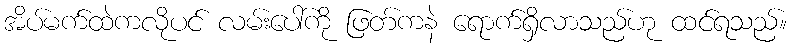
အိပ်မက်ထဲကလိုပင် လမ်းပေါ်ကို ဖြတ်ကနဲ ရောက်ရှိလာသည်ဟု ထင်ရသည်။